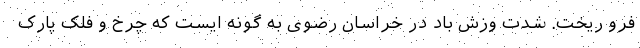
فرو ریخت. شدت وزش باد در خراسان رضوی به گونه ایست که چرخ و فلک پارک